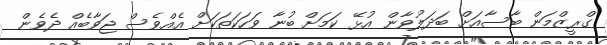
ގްރީޒްމަން ބާސާއަށް ބަދަލުވާން އުޅޭ ކަމަށް ބުނާ ވަހަކަތަކަށް އެއްވެސް ޖަވާބެއް ދެވެން